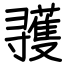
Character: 彟